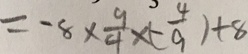
= - 8 \times \frac { 9 } { 4 } \times ( - \frac { 4 } { 9 } ) + 8